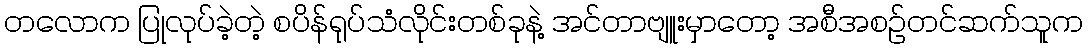
တလောက ပြုလုပ်ခဲ့တဲ့ စပိန်ရုပ်သံလိုင်းတစ်ခုနဲ့ အင်တာဗျူးမှာတော့ အစီအစဉ်တင်ဆက်သူက